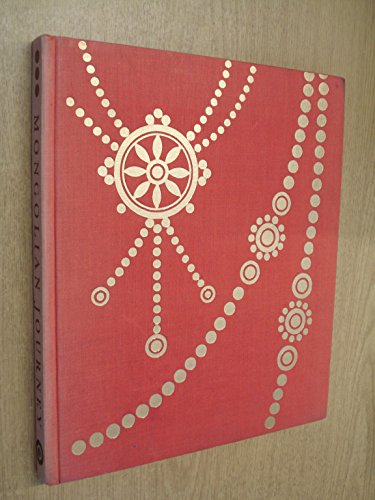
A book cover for Mongolian Journey; Lumir Jisl; Travel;